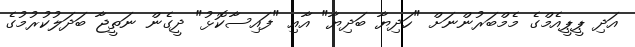
އަދި ޕީޕީއެމްގެ މެމްބަރުންނަށް "ހަދިޔާ ބަދިޔާ" އާއި "ފައިސާކޮޅު" ދީގެން ނަތީޖާ ބަދަލުކުރުމުގެ